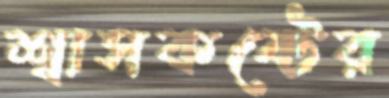
শ্বাসকষ্টের